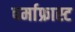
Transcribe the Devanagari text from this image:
पर्माफ्रास्ट